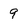
Character: 9